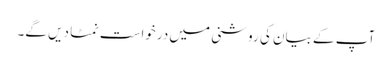
آپ کے بیان کی روشنی میں درخواست نمٹا دیں گے۔